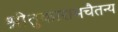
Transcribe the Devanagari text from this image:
श्रीतुकारामचैतन्य